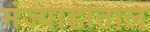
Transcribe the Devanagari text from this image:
मंज्याडाताल